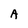
Character: A